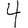
Digit: 4